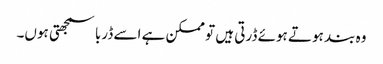
وہ بند ہوتے ہوئے ڈرتی ہیں تو ممکن ہے اسے ڈربا سمجھتی ہوں۔